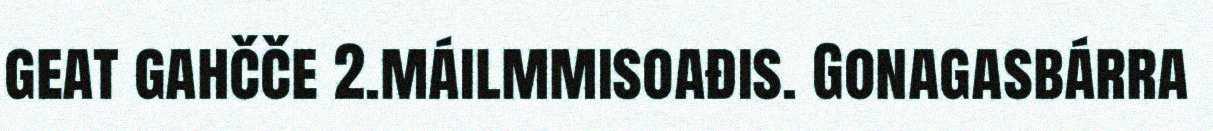
geat gahčče 2.máilmmisoađis. Gonagasbárra